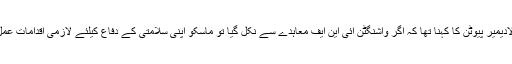
روسی صدر ولادیمیر پیوٹن کا کہنا تھا کہ اگر واشنگٹن آئی این ایف معاہدے سے نکل گیا تو ماسکو اپنی سلامتی کے دفاع کیلئے لازمی اقدامات عمل میں لائے گا۔